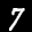
Label: 7